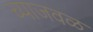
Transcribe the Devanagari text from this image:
च्याजवळ